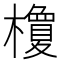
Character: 𣞭